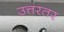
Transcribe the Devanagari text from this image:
उत्तरतर